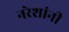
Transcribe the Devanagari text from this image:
नरेशांनी